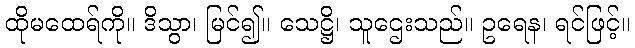
ထိုမထေရ်ကို။ ဒိသွာ၊ မြင်၍။ သေဋ္ဌိ၊ သူဌေးသည်။ ဥရေန၊ ရင်ဖြင့်။